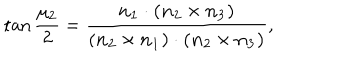
LaTeX: \tan { \frac { \mu _ { 2 } } 2 } = \frac { \bf { n } _ { 1 } \cdot ( \bf { n } _ { 2 } \times \bf { n } _ { 3 } ) } { ( \bf { n } _ { 2 } \times \bf { n } _ { 1 } ) \cdot ( \bf { n } _ { 2 } \times \bf { n } _ { 3 } ) } ,